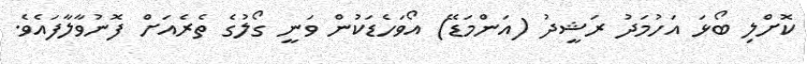
ކޮށްލި ބޯޅަ އަހުމަދު ރަޝީދު (އަންމަޑޭ) އޯވަހެޑަކުން ވަނީ ގޯލުގެ ތެރެއަށް ފޮނުވާލާފައެވެ.